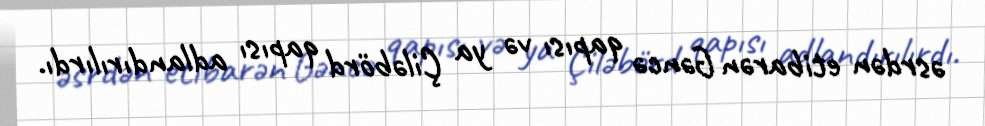
əsrdən etibarən Gəncə qapısı və ya Çiləbörd qapısı adlandırılırdı.